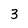
Character: 3